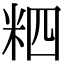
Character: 𥹊